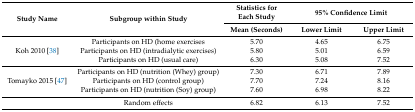
| <ROWSPAN=2> Study Name | <ROWSPAN=2> Subgroup within Study | Statistics for Each Study | <COLSPAN=2> 95% Confidence Limit |
 | Mean (Seconds) | Lower Limit | Upper Limit |
 | --- | --- | --- | --- | --- |
 | <ROWSPAN=3> Koh 2010 [38] | Participants on HD (home exercises | 5.70 | 4.65 | 6.75 |
 | Participants on HD (intradialytic exercises) | 5.80 | 5.01 | 6.59 |
 | Participants on HD (usual care) | 6.30 | 5.08 | 7.52 |
 | <ROWSPAN=3> Tomayko 2015 [47] | Participants on HD (nutrition (Whey) group) | 7.30 | 6.71 | 7.89 |
 | Participants on HD (control group) | 7.70 | 7.24 | 8.16 |
 | Participants on HD (nutrition (Soy) group) | 7.60 | 6.98 | 8.22 |
 |  | Random effects | 6.82 | 6.13 | 7.52 |